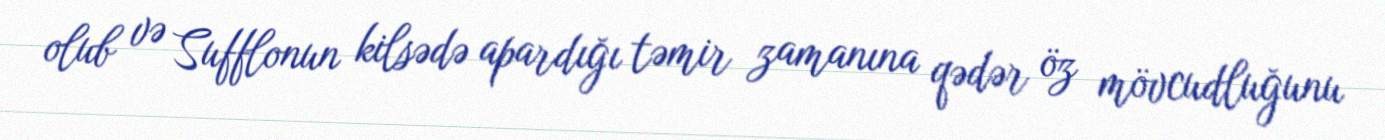
olub və Sufflonun kilsədə apardığı təmir zamanına qədər öz mövcudluğunu